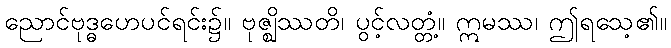
ညောင်ဗုဒ္ဓဟေပင်ရင်း၌။ ဗုဇ္ဈိဿတိ၊ ပွင့်လတ္တံ့။ ဣမဿ၊ ဤရသေ့၏။